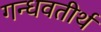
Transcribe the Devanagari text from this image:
गन्धवतीर्थ